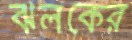
ঝলকের